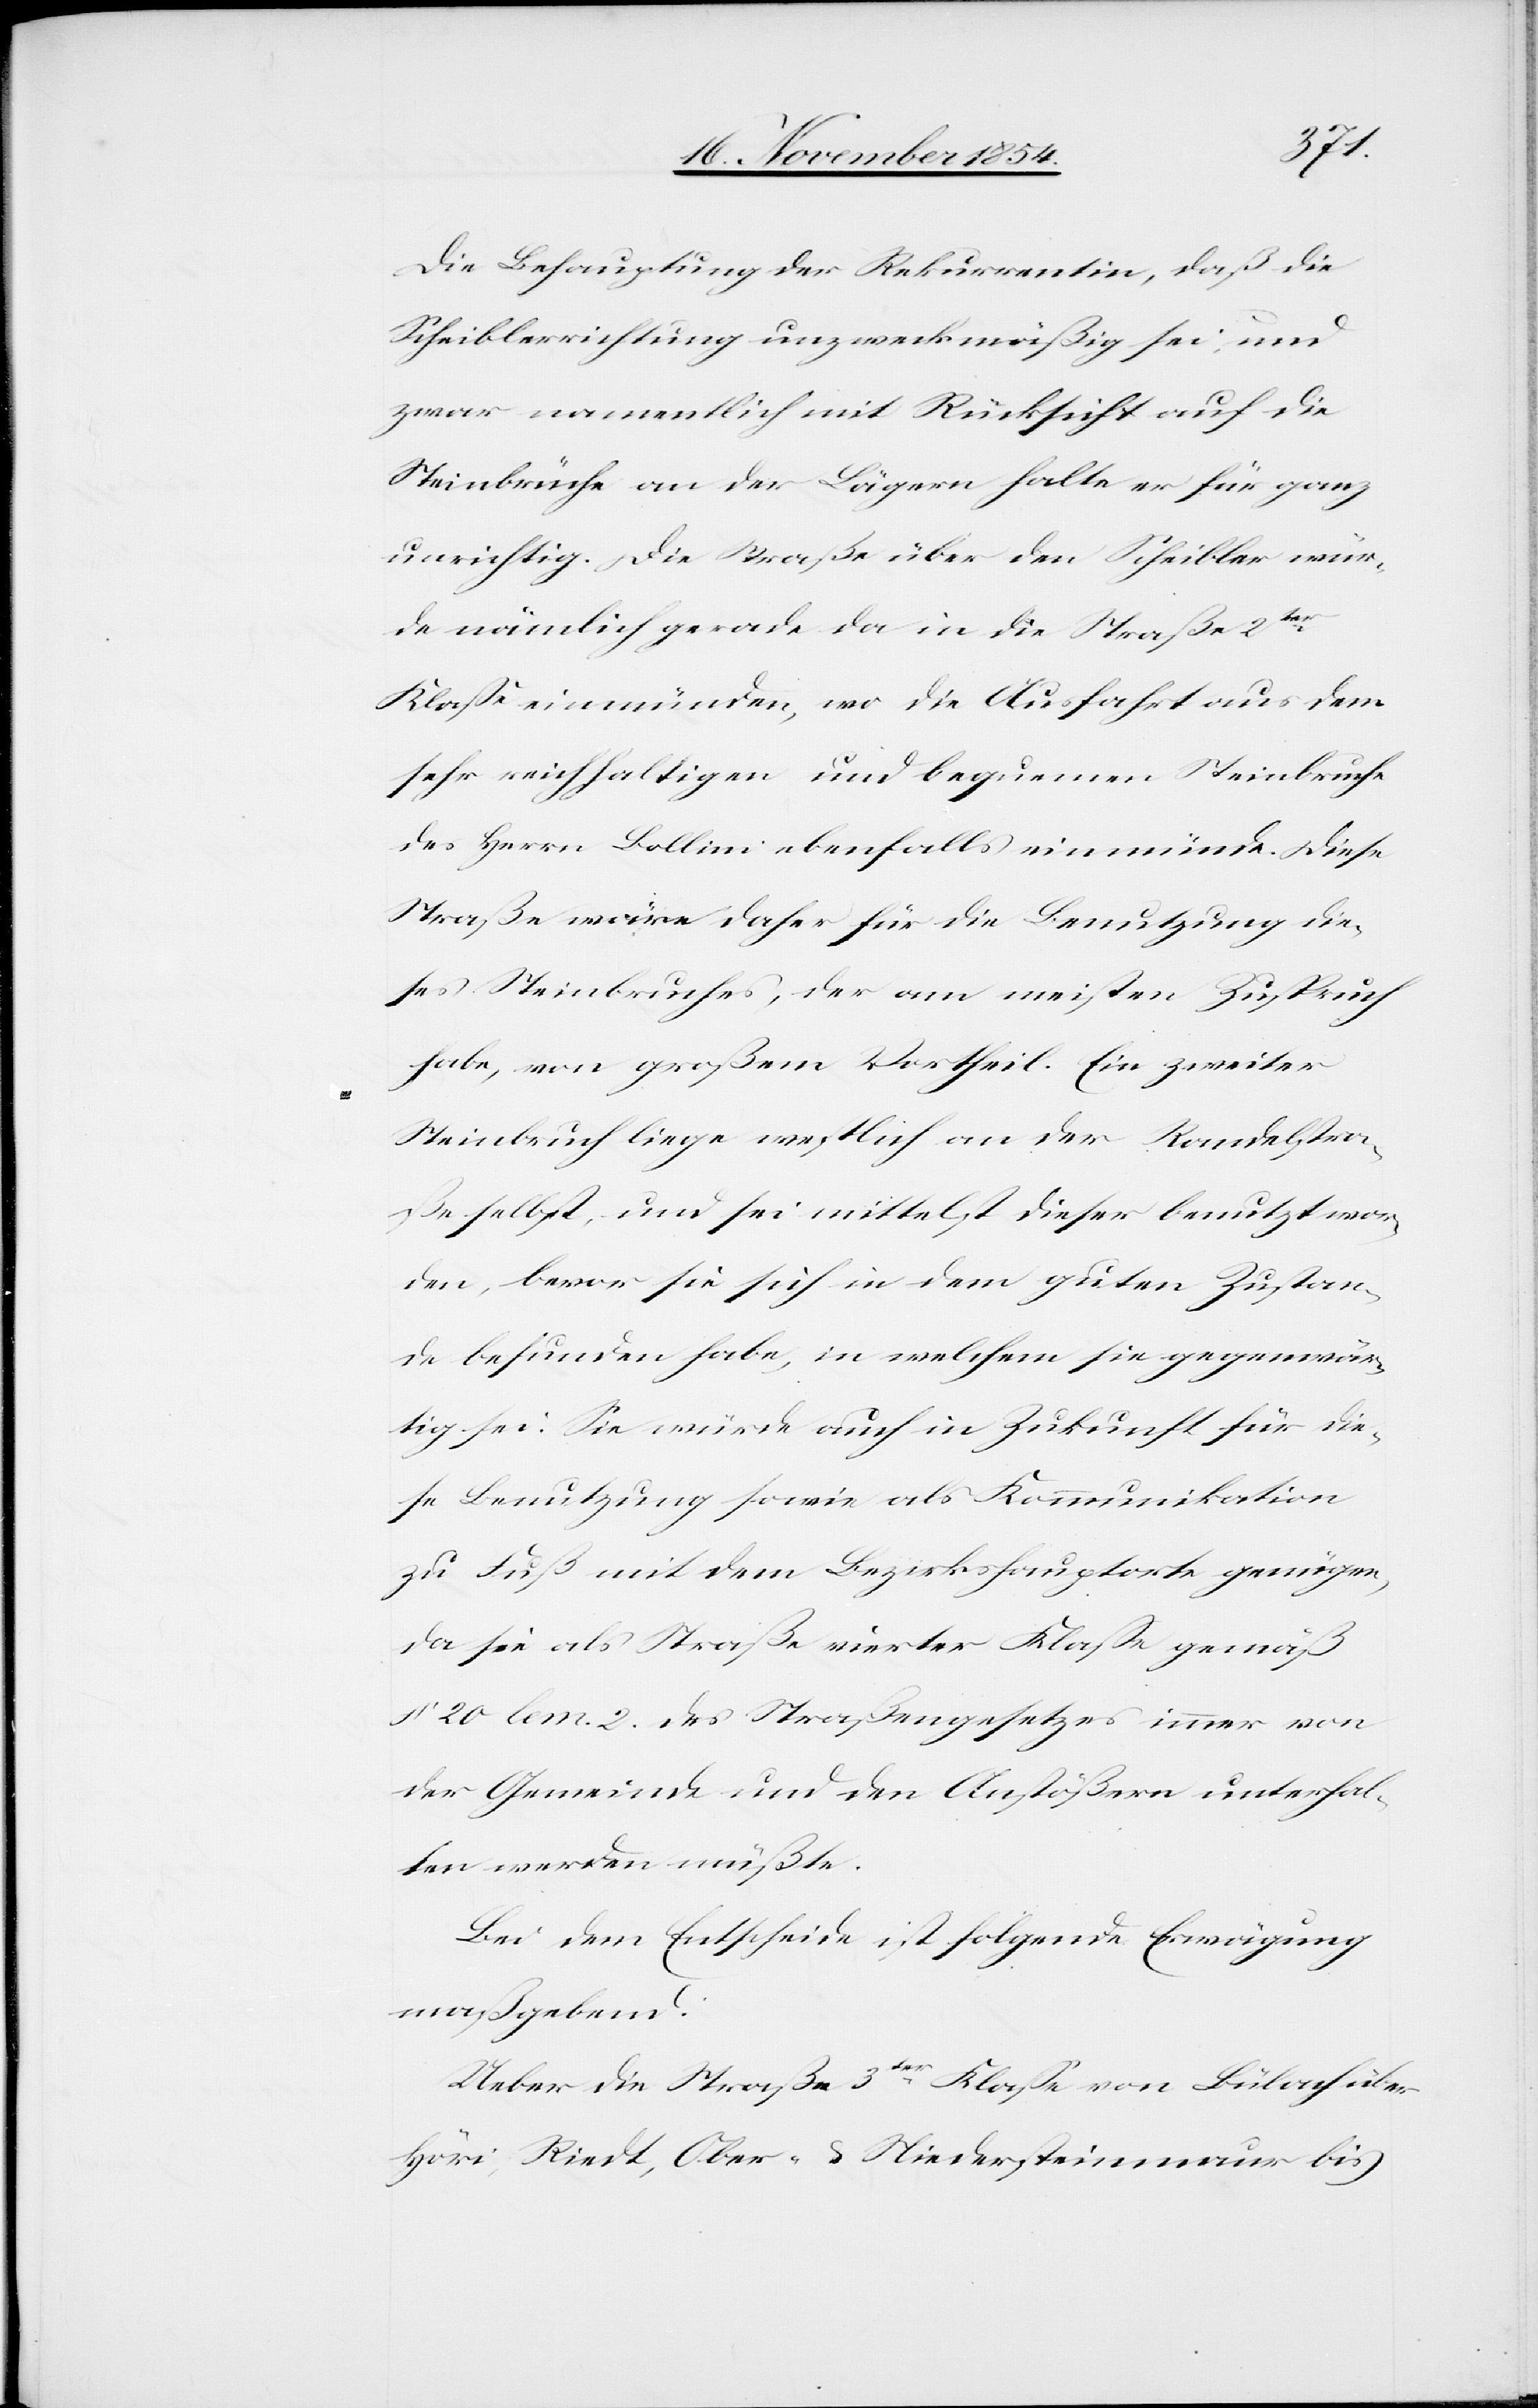
Die Behauptung der Rekurrentin, daß die
Scheiblerrichtung unzweckmäßig sei, und
zwar namentlich mit Rücksicht auf die
Steinbrüche an der Lägern halte er für ganz
unrichtig. Die Straße über den Scheibler wür¬
de nämlich gerade da in die Straße 2ter
Klaße einmünden, wo die Ausfahrt aus dem
sehr reichhaltigen und bequemen Steinbruche
des Herrn Bollini ebenfalls einmünde. Diese
Straße wäre daher für die Benutzung die¬
ses Steinbruches, der am meisten Zuspruch
habe, von großem Vortheil. Ein zweiter
Steinbruch liege westlich an der Randelstra¬
ße selbst und sei mittelst dieser benutzt wor¬
den, bevor sie sich in dem guten Zustan¬
de befunden habe, in welchem sie gegenwär¬
tig sei. Sie würde auch in Zukunft für die¬
se Benutzung sowie als Kommunikation
zu Fuß mit dem Bezirkshauptorte genügen,
da sie als Straße vierter Klaße gemäß
§ 20 lem. 2. des Straßengesetzes immer von
der Gemeinde und den Anstößern unterhal¬
ten werden müßte.
Bei dem Entscheide ist folgende Erwägung
maßgebend:
Ueber die Straße 3ter Klaße von Bülach über
Höri, Riedt, Ober- & Niedersteinmaur bis